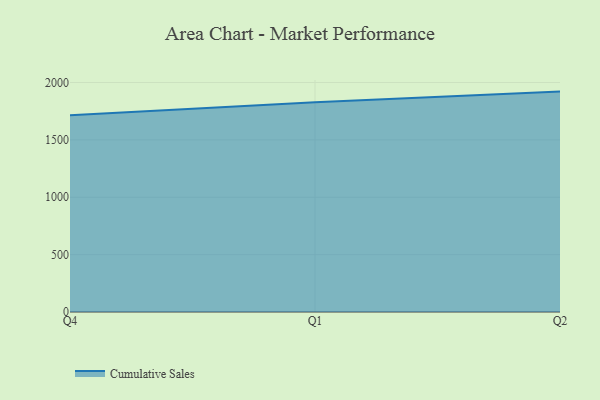
{"axis": {"x": "Quarter", "y": "Active Users"}, "legend": ["Cumulative Sales"], "data": [{"x": "Q4", "y": 1713.9, "type": "Cumulative Sales"}, {"x": "Q1", "y": 1828.0, "type": "Cumulative Sales"}, {"x": "Q2", "y": 1920.8, "type": "Cumulative Sales"}]}